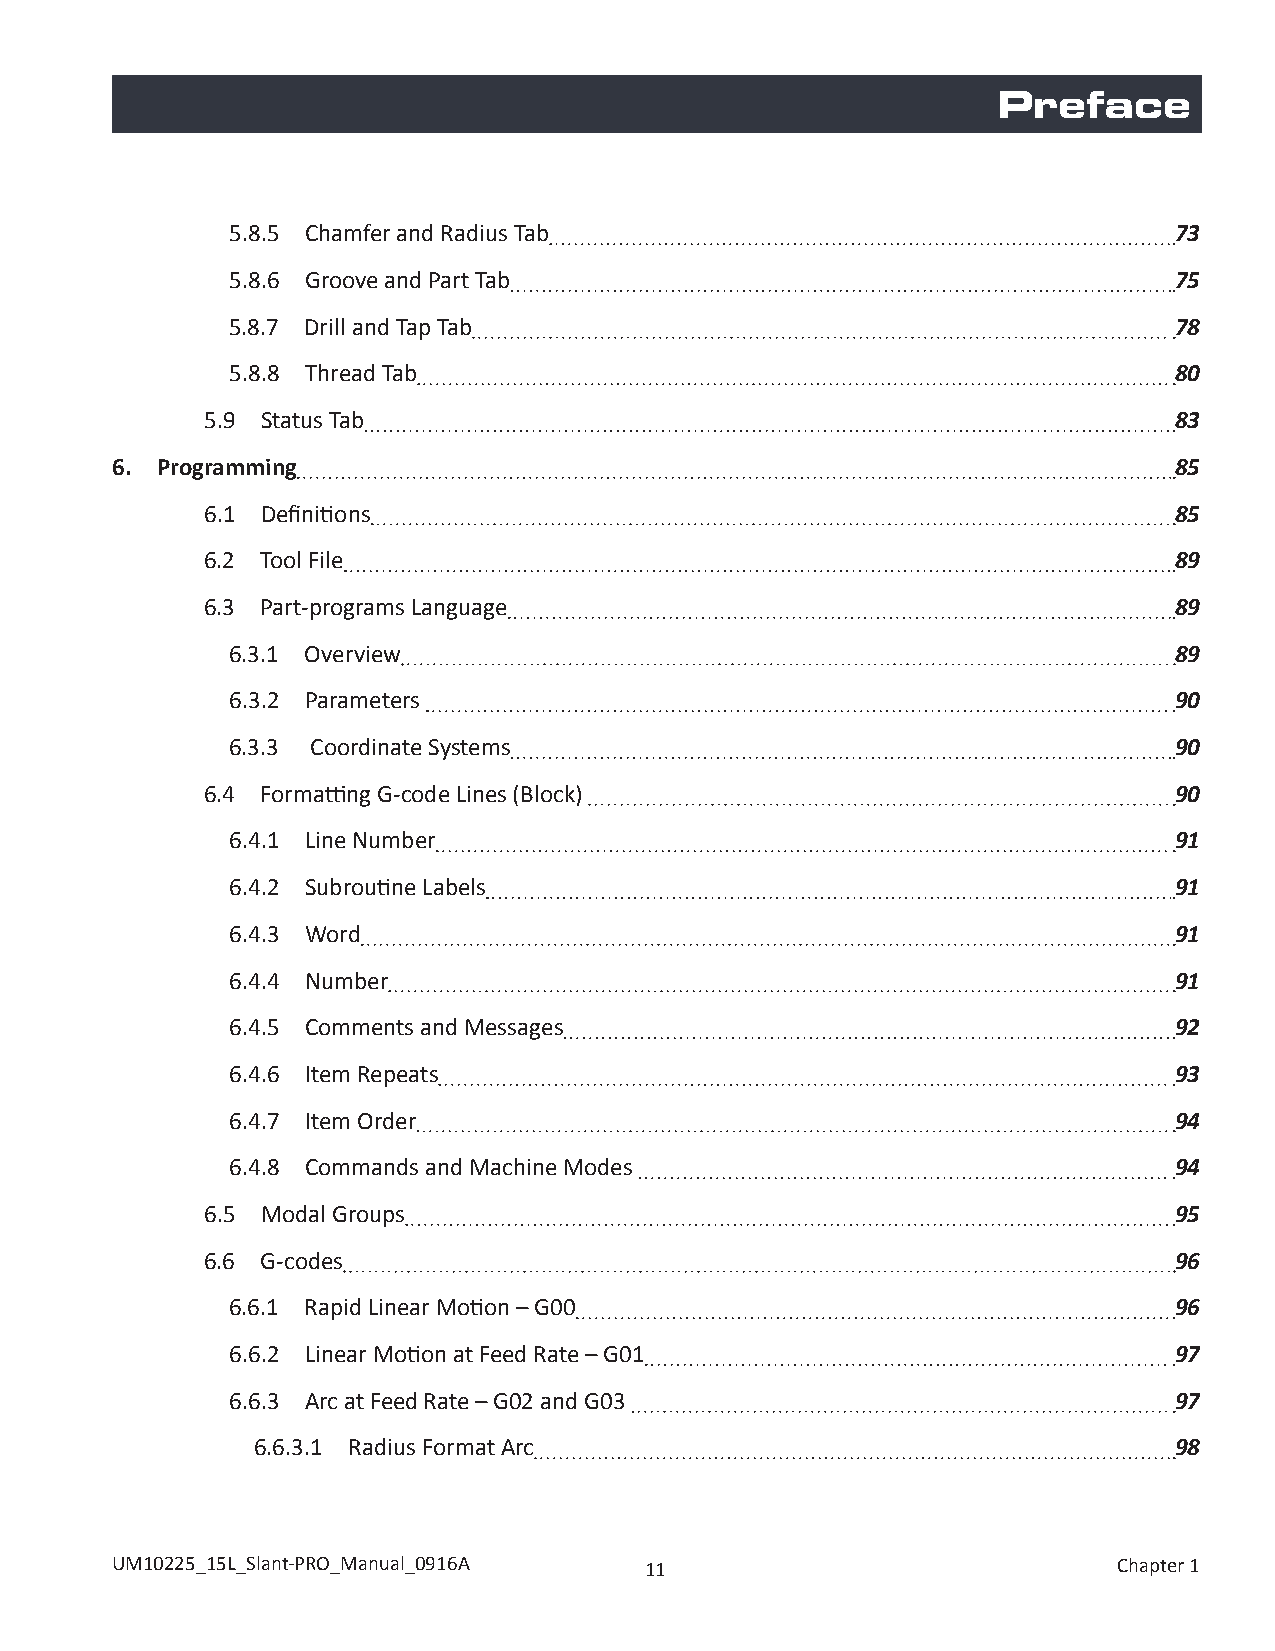
Preface
 5.8.5 Chamfer and Radius Tab                                   73
 5.8.6 Groove and Part Tab                                      75
 5.8.7 Drill and Tap Tab                                        78
 5.8.8 Thread Tab                                               80
 5.9 Status Tab                                                  83
 6. Programming                                                         85
 6.1 Definitions                                                 85
 6.2 Tool File                                                   89
 6.3 Part-programs Language                                      89
 6.3.1 Overview                                                 89
 6.3.2 Parameters                                               90
 6.3.3 Coordinate Systems                                       90
 6.4 Formatting G-code Lines (Block)                             90
 6.4.1 Line Number                                              91
 6.4.2 Subroutine Labels                                        91
 6.4.3 Word                                                     91
 6.4.4 Number                                                   91
 6.4.5 Comments and Messages                                    92
 6.4.6 Item Repeats                                             93
 6.4.7 Item Order                                               94
 6.4.8 Commands and Machine Modes                               94
 6.5 Modal Groups                                                95
 6.6 G-codes                                                     96
 6.6.1 Rapid Linear Motion – G00                                96
 6.6.2 Linear Motion at Feed Rate – G01                         97
 6.6.3 Arc at Feed Rate – G02 and G03                           97
 6.6.3.1 Radius Format Arc                                    98
 UM10225_15L_Slant-PRO_Manual_0916A  11                             Chapter 1